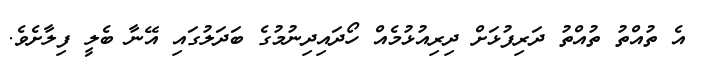
އެ ތުއްތު ތުއްތު ދަރިފުޅަށް ދިރިއުޅުމެއް ހޯދައިދިނުމުގެ ބަދަލުގައި އޭނާ ބެލީ ފިލާށެވެ.